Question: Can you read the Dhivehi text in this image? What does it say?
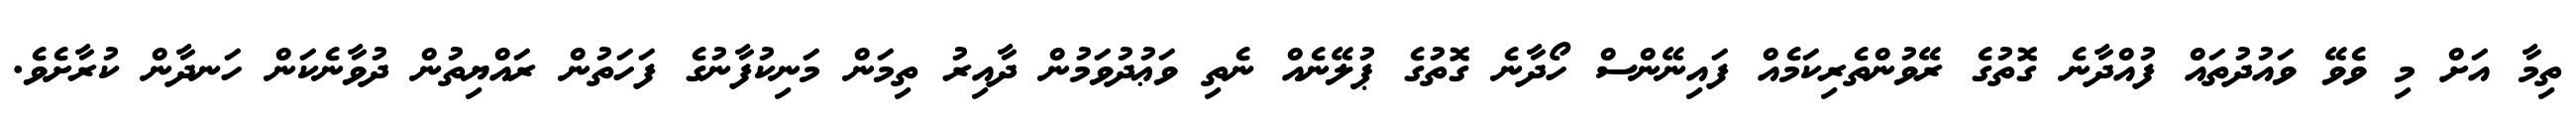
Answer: ތިމާ އަށް މި ވެވޭ ވައުދުތައް ފުއްދާނެ ގޮތުގެ ރޭވުންތެރިކަމެއް ފައިނޭންސް ހޯދާނެ ގޮތުގެ ޕުލޭނެއް ނެތި ވަޢުދުވަމުން ދާއިރު ތިމަން މަނިކުފާނުގެ ފަހަތުން ރައްޔިތުން ދުވާނެކަން ހަނދާން ކުރާށެވެ.